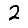
Digit: 2